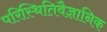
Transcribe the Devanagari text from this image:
परिस्थितिवैज्ञानिक